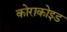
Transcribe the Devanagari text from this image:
कोराकोइड